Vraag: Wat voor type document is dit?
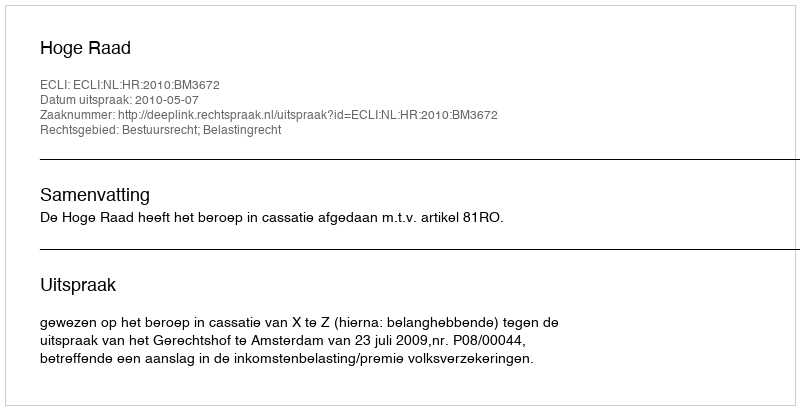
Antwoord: Uitspraak